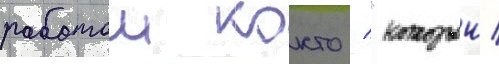
работои кокто / "которыи